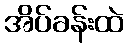
အိပ်ခန်းထဲ